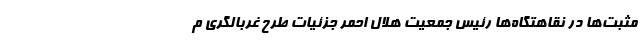
مثبت‌ها در نقاهتگاه‌ها رئیس جمعیت هلال احمر جزئیات طرح غربالگری م